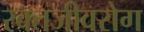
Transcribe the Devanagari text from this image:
रक्तजीवरोग